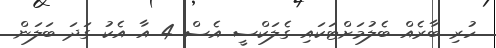
ހުރި ބާރެއް ބެލުމަށްޓަކައި ގެލަކްސީ އެސް 4 އާ އެކު ގަދަ ބަލަން